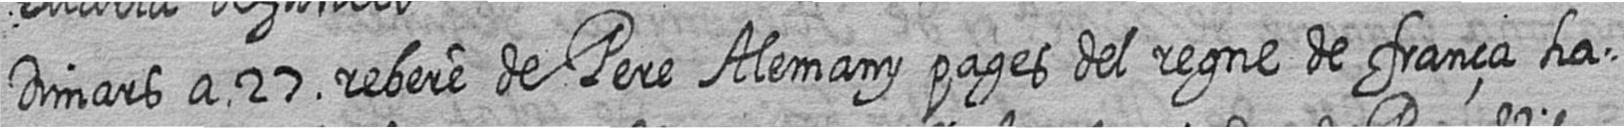
Dimars a 27 rebere de Pere Alemany pages del regne de frança ha=